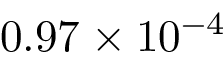
0 . 9 7 \times 1 0 ^ { - 4 }